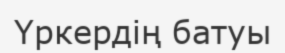
Үркердің батуы